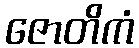
ဇောတိကံ